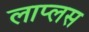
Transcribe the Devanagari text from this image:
लाप्लस